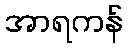
အာရကန်